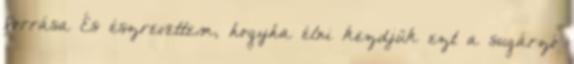
forrása És észrevettem, hogyha élni kezdjük ezt a sugárzó